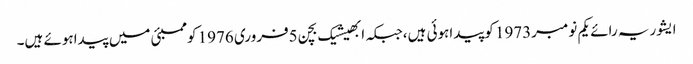
ایشوریہ رائے یکم نومبر1973 کوپیداہوئی ہیں،جبکہ ابھیشیک بچن 5فروری 1976 کوممبئی میں پیداہوئے ہیں۔